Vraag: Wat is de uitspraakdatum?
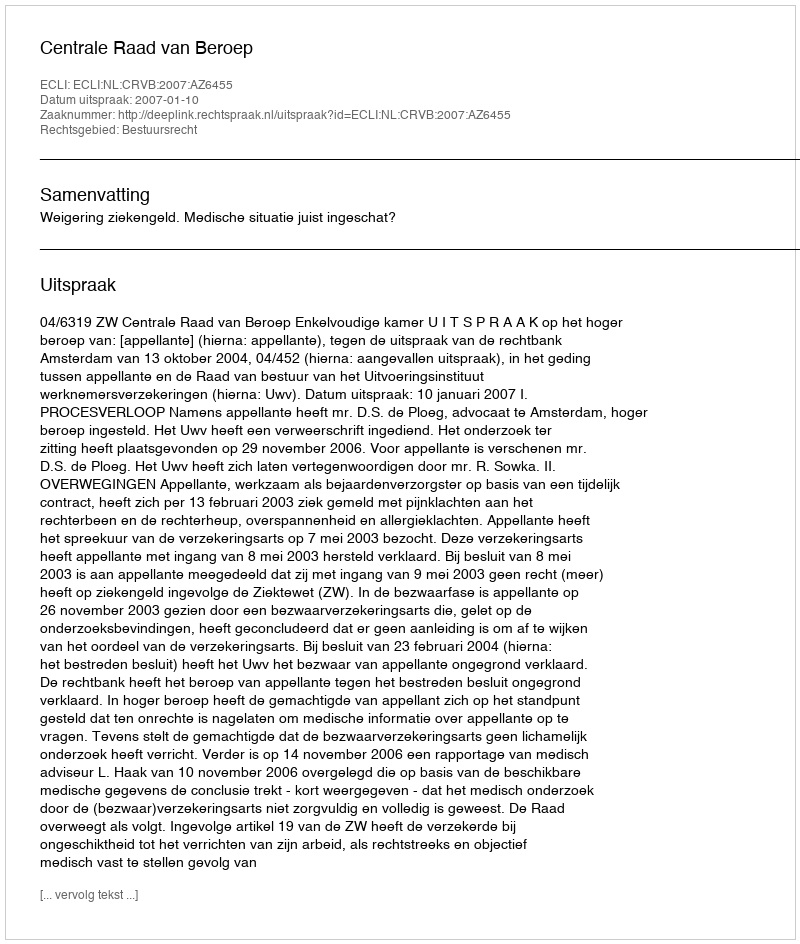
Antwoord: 2007-01-10